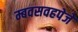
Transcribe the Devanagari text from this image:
म्बवसवहपेजे